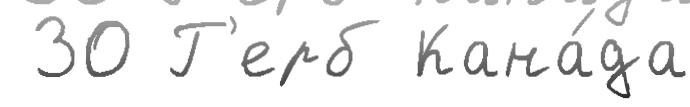
 30 Г'ерб Кана́да